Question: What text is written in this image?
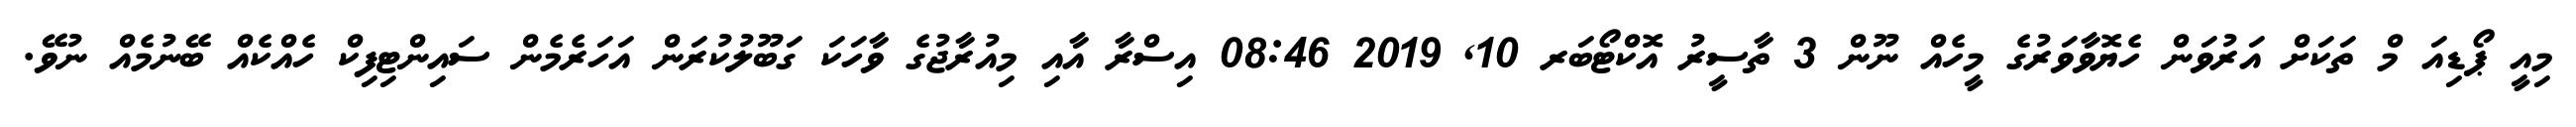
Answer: މިއީ ޕޯޑިއަ މް ތަކަށް އަރުވަން ހެޔޮވާވަރުގެ މީހެއް ނޫން 3 ތާސީރު އޮކްޓޯބަރ 10, 2019 08:46 އިސްރާ އާއި މިއުރާޖުގެ ވާހަކަ ގަބޫލުކުރަން އަހަރެމެން ސައިންޓިފިކް ހެއްކެއް ބޭނުމެއް ނުވޭ.